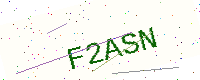
Text: F2ASN